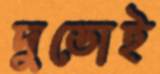
দুডোই